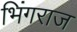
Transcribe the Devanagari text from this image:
भिंगराज